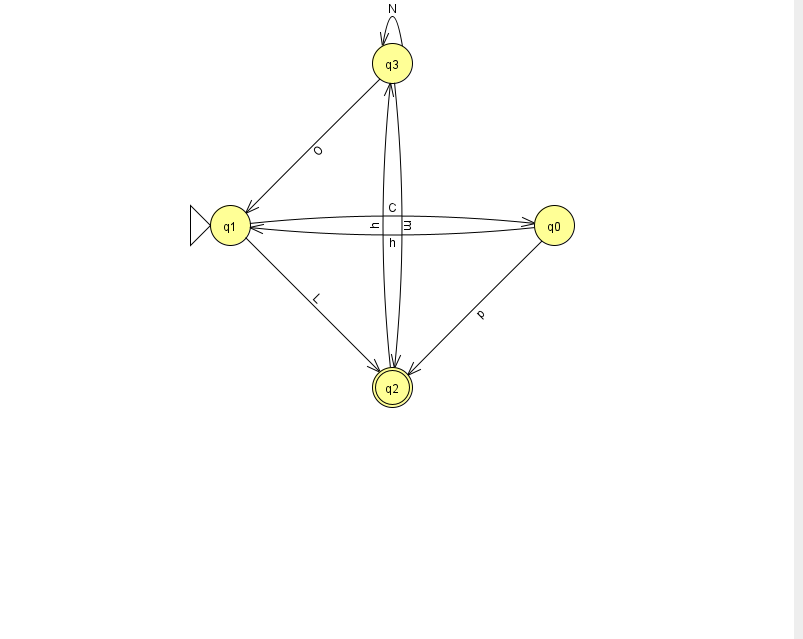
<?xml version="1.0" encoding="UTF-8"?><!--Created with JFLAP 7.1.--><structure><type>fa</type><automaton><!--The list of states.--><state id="0" name="q0"><x>554.0</x><y>212.0</y></state><state id="1" name="q1"><x>230.0</x><y>212.0</y><initial/></state><state id="2" name="q2"><x>392.0</x><y>374.0</y><final/></state><state id="3" name="q3"><x>392.0</x><y>50.0</y></state><!--The list of transitions.--><transition><from>0</from><to>1</to><read>h</read></transition><transition><from>3</from><to>2</to><read>m</read></transition><transition><from>2</from><to>3</to><read>h</read></transition><transition><from>3</from><to>1</to><read>O</read></transition><transition><from>1</from><to>0</to><read>C</read></transition><transition><from>1</from><to>2</to><read>L</read></transition><transition><from>3</from><to>3</to><read>N</read></transition><transition><from>0</from><to>2</to><read>p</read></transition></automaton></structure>